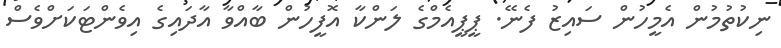
ނިކުތުމުން އެމީހުން ސައިޒު ފެނޭ. ޕީޕީއެމްގެ ލަންކާ އޮފީހުން ބާއްވާ އާދައިގެ އިވެންޓަކަށްވެސް